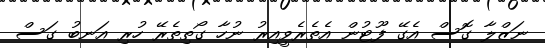
ނަޒްލާ ގޮސް އެގޭ ފޫޓުން އެތެރެވީއިރު ނުހާ ގޯތިތެރޭ ހުރި އަނބު ގަސް